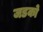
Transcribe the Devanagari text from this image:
जडको